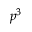
p ^ { 3 }